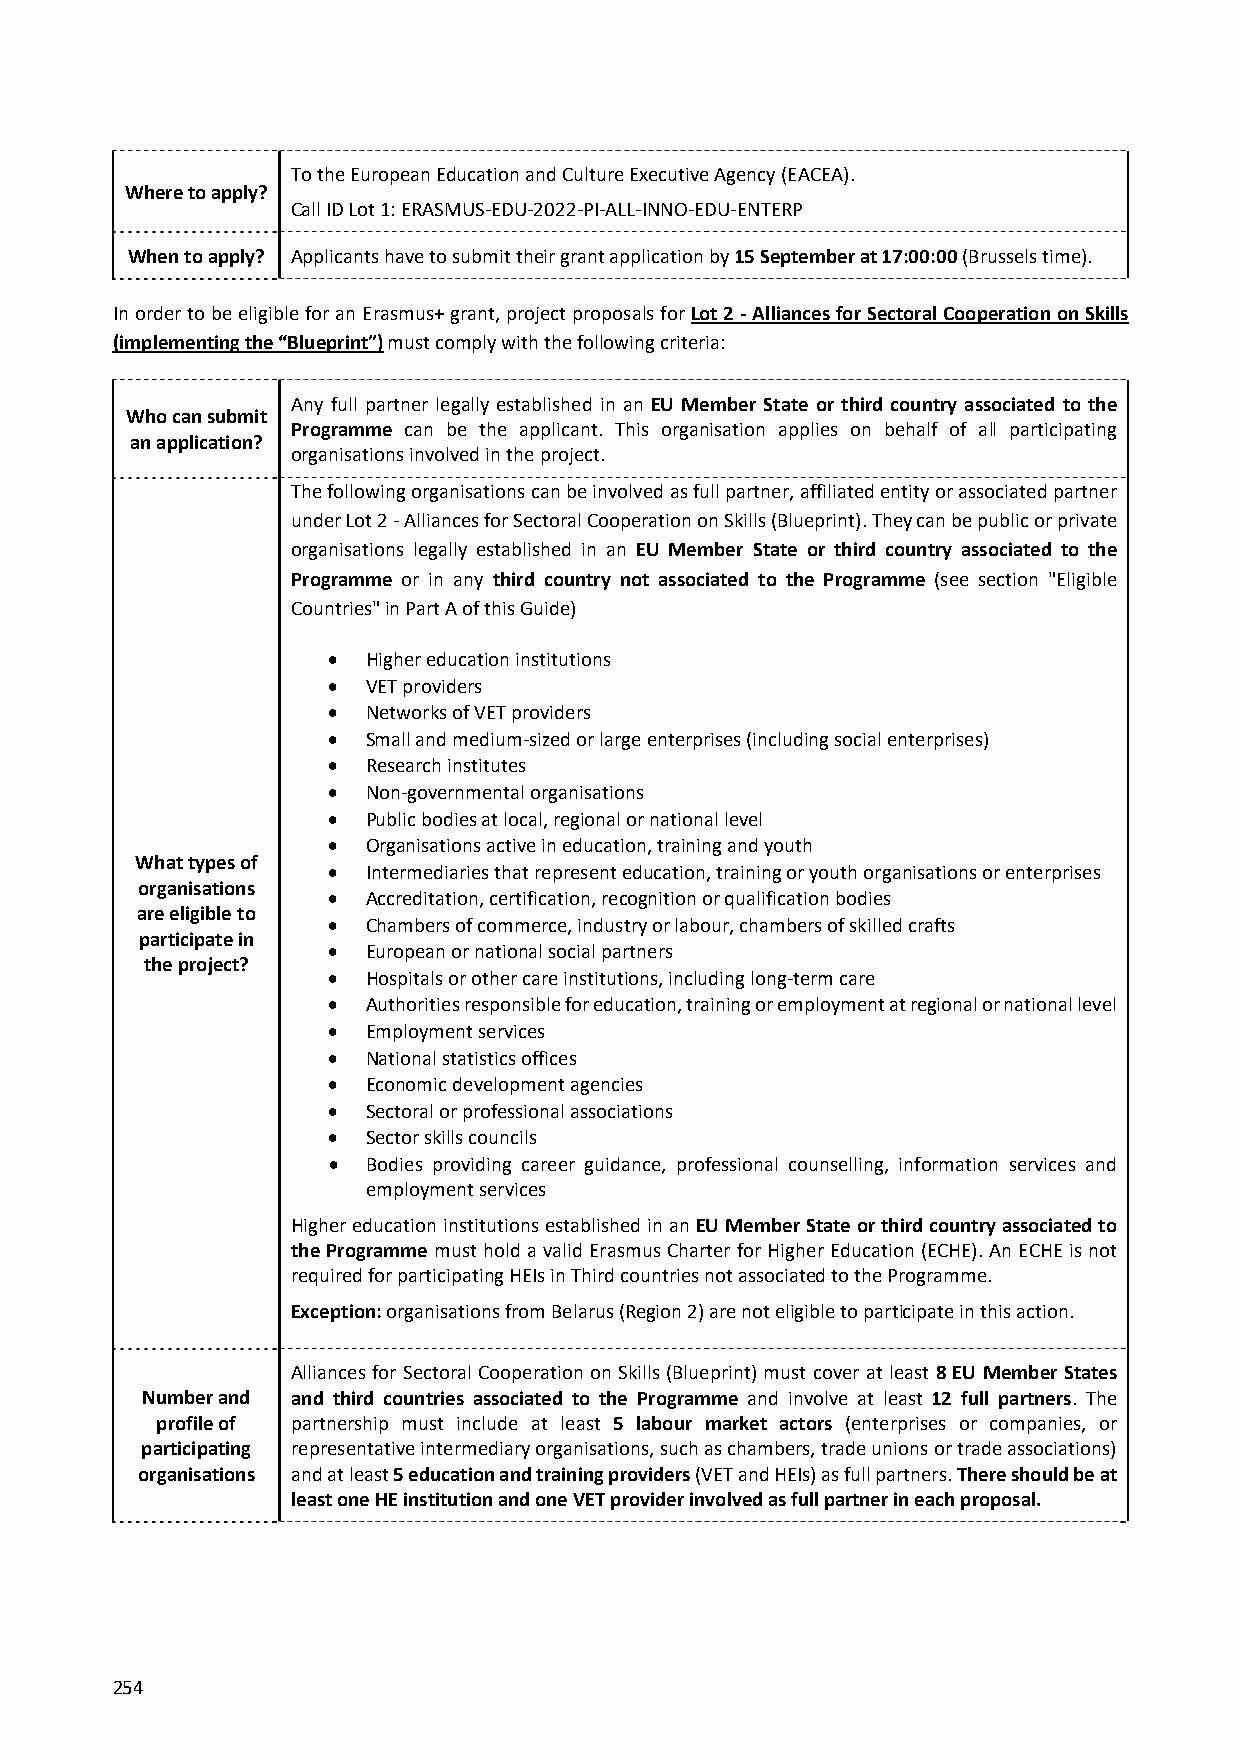
To the European Education and Culture Executive Agency (EACEA).
 Where to apply?
 Call ID Lot 1: ERASMUS‐EDU‐2022‐PI‐ALL‐INNO‐EDU‐ENTERP
 When to apply? Applicants have to submit their grant application by 15 September at 17:00:00 (Brussels time).
 In order to be eligible for an Erasmus+ grant, project proposals for Lot 2 ‐ Alliances for Sectoral Cooperation on Skills
 (implementing the “Blueprint”) must comply with the following criteria:
 Any full partner legally established in an EU Member State or third country associated to the
 Who can submit
 Programme can be the applicant. This organisation applies on behalf of all participating
 an application?
 organisations involved in the project.
 The following organisations can be involved as full partner, affiliated entity or associated partner
 under Lot 2 ‐ Alliances for Sectoral Cooperation on Skills (Blueprint). They can be public or private
 organisations legally established in an EU Member State or third country associated to the
 Programme or in any third country not associated to the Programme (see section "Eligible
 Countries" in Part A of this Guide)
  Higher education institutions
  VET providers
  Networks of VET providers
  Small and medium‐sized or large enterprises (including social enterprises)
  Research institutes
  Non‐governmental organisations
  Public bodies at local, regional or national level
  Organisations active in education, training and youth
 What types of
  Intermediaries that represent education, training or youth organisations or enterprises
 organisations
  Accreditation, certification, recognition or qualification bodies
 are eligible to
  Chambers of commerce, industry or labour, chambers of skilled crafts
 participate in
  European or national social partners
 the project?
  Hospitals or other care institutions, including long‐term care
  Authorities responsible for education, training or employment at regional or national level
  Employment services
  National statistics offices
  Economic development agencies
  Sectoral or professional associations
  Sector skills councils
  Bodies providing career guidance, professional counselling, information services and
 employment services
 Higher education institutions established in an EU Member State or third country associated to
 the Programme must hold a valid Erasmus Charter for Higher Education (ECHE). An ECHE is not
 required for participating HEIs in Third countries not associated to the Programme.
 Exception: organisations from Belarus (Region 2) are not eligible to participate in this action.
 Alliances for Sectoral Cooperation on Skills (Blueprint) must cover at least 8 EU Member States
 Number and and third countries associated to the Programme and involve at least 12 full partners. The
 profile of partnership must include at least 5 labour market actors (enterprises or companies, or
 participating representative intermediary organisations, such as chambers, trade unions or trade associations)
 organisations and at least 5 education and training providers (VET and HEIs) as full partners. There should be at
 least one HE institution and one VET provider involved as full partner in each proposal.
 254